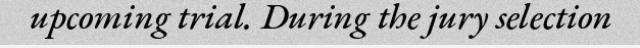
upcoming trial. During the jury selection